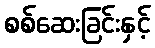
စစ်ဆေးခြင်းနှင့်